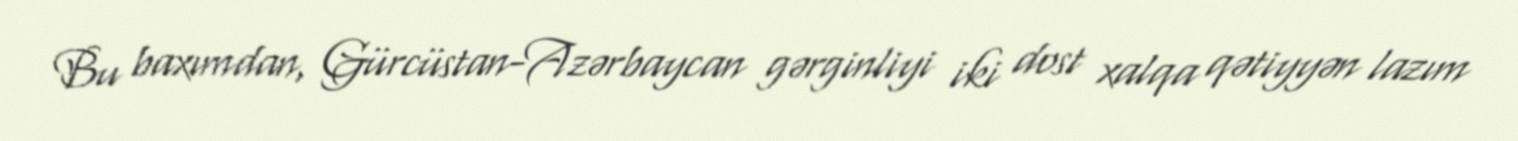
Bu baxımdan, Gürcüstan-Azərbaycan gərginliyi iki dost xalqa qətiyyən lazım